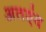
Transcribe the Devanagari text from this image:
अतएंव